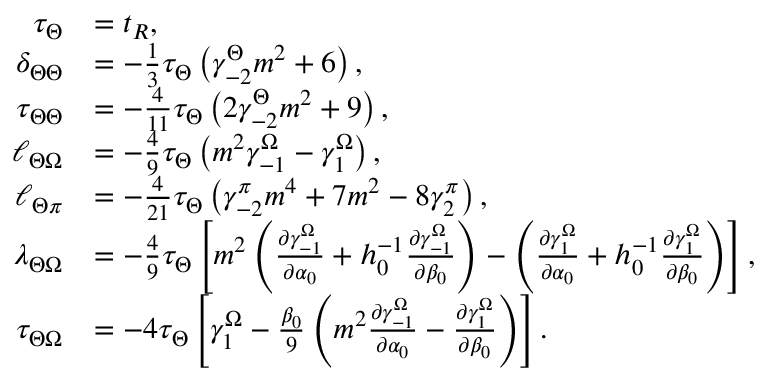
\begin{array} { r l } { \tau _ { \Theta } } & { = t _ { R } , } \\ { \delta _ { \Theta \Theta } } & { = - \frac { 1 } { 3 } \tau _ { \Theta } \left( \gamma _ { - 2 } ^ { \Theta } m ^ { 2 } + 6 \right) , } \\ { \tau _ { \Theta \Theta } } & { = - \frac { 4 } { 1 1 } \tau _ { \Theta } \left( 2 \gamma _ { - 2 } ^ { \Theta } m ^ { 2 } + 9 \right) , } \\ { \ell _ { \Theta \Omega } } & { = - \frac { 4 } { 9 } \tau _ { \Theta } \left( m ^ { 2 } \gamma _ { - 1 } ^ { \Omega } - \gamma _ { 1 } ^ { \Omega } \right) , } \\ { \ell _ { \Theta \pi } } & { = - \frac { 4 } { 2 1 } \tau _ { \Theta } \left( \gamma _ { - 2 } ^ { \pi } m ^ { 4 } + 7 m ^ { 2 } - 8 \gamma _ { 2 } ^ { \pi } \right) , } \\ { \lambda _ { \Theta \Omega } } & { = - \frac { 4 } { 9 } \tau _ { \Theta } \left[ m ^ { 2 } \left( \frac { \partial \gamma _ { - 1 } ^ { \Omega } } { \partial \alpha _ { 0 } } + h _ { 0 } ^ { - 1 } \frac { \partial \gamma _ { - 1 } ^ { \Omega } } { \partial \beta _ { 0 } } \right) - \left( \frac { \partial \gamma _ { 1 } ^ { \Omega } } { \partial \alpha _ { 0 } } + h _ { 0 } ^ { - 1 } \frac { \partial \gamma _ { 1 } ^ { \Omega } } { \partial \beta _ { 0 } } \right) \right] , } \\ { \tau _ { \Theta \Omega } } & { = - 4 \tau _ { \Theta } \left[ \gamma _ { 1 } ^ { \Omega } - \frac { \beta _ { 0 } } { 9 } \left( m ^ { 2 } \frac { \partial \gamma _ { - 1 } ^ { \Omega } } { \partial \alpha _ { 0 } } - \frac { \partial \gamma _ { 1 } ^ { \Omega } } { \partial \beta _ { 0 } } \right) \right] . } \end{array}